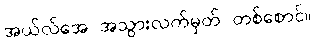
အယ်လ်အေ အသွားလက်မှတ် တစ်စောင်။